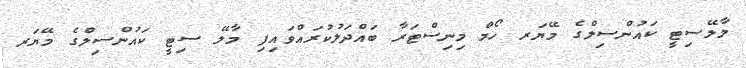
މާލޭސިޓީ ކައުންސިލްގެ މޭޔަރ ހޯމް މިނިސްޓަރާ ބައްދަލުކުރައްވައިފި މާލޭ ސިޓީ ކައުންސިލްގެ މޭޔަރ